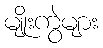
မျိုးကွဲများ